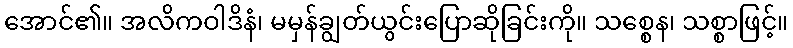
အောင်၏။ အလိကဝါဒိနံ၊ မမှန်ချွတ်ယွင်းပြောဆိုခြင်းကို။ သစ္စေန၊ သစ္စာဖြင့်။